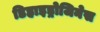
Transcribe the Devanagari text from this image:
डिहाइड्रोजिनेस